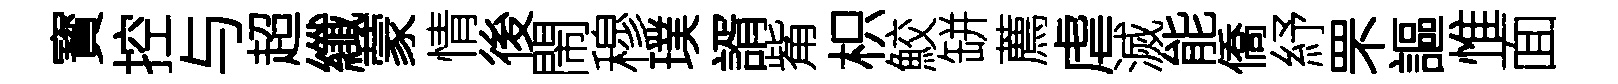
寳控与超纖蒙情後閙穆璞諝觜枳鮫缾薦虐滅能僑紓罘謳惟面